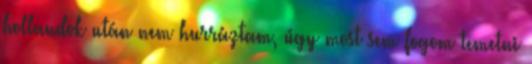
hollandok után nem hurráztam, úgy most sem fogom temetni